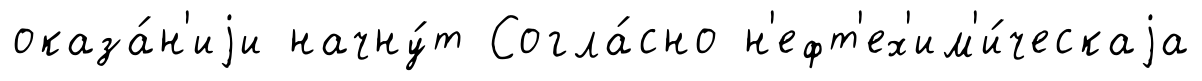
оказа́н'иjи начну́т Согла́сно н'ефт'ех'им'и́ческаjа